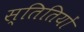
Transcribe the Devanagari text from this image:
स्तितियों